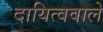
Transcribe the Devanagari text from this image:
दायित्ववाले